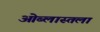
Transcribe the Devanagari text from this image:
ओब्लास्तला